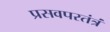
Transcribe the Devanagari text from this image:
प्रसवपरतंत्रं